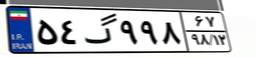
۵۴گ۹۹۸۶۷